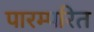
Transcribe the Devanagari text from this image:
पारम्परित